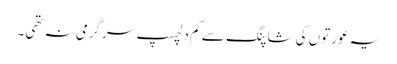
یہ عورتوں کی شاپنگ سے کم دلچسپ سرگرمی نہ تھی۔